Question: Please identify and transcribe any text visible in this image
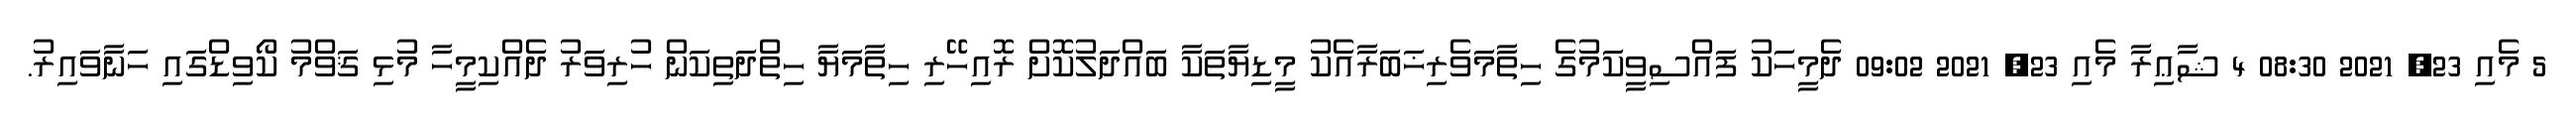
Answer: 5 މެއި 23, 2021 08:30 4 ޝާޢިރާ މެއި 23, 2021 09:02 ދެމީހަކު ފައްސިވީކަމުގެ ހިތާމަވެރިޚަބަރާއެކު މީޑިޔާތަކާ ބައްދަލުކޮށް ރޮއިހޭރި ހިތާމަޔާ ހިތްދަތިކަން ހުރިވަރު ދެއްކިމީހާ މުޅި ޤަވްމު ކޯވިޑްގައި ހަނާވައިރު.